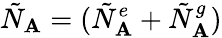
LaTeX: \tilde{N}_{\mathbf{A}}=(\tilde{N}_{\mathbf{A}}^{e}+\tilde{N}_{\mathbf{A}}^{g})